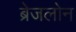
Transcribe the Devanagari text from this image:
ब्रेजलोन